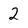
Character: 2